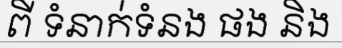
ពី ទំនាក់ទំនង ផង និង